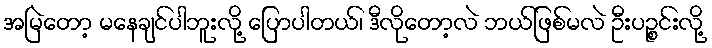
အမြဲတော့ မနေချင်ပါဘူးလို့ ပြောပါတယ်၊ ဒီလိုတော့လဲ ဘယ်ဖြစ်မလဲ ဦးပဉ္စင်းလို့